Suure-Kopu_vallavalitsus, lk 16
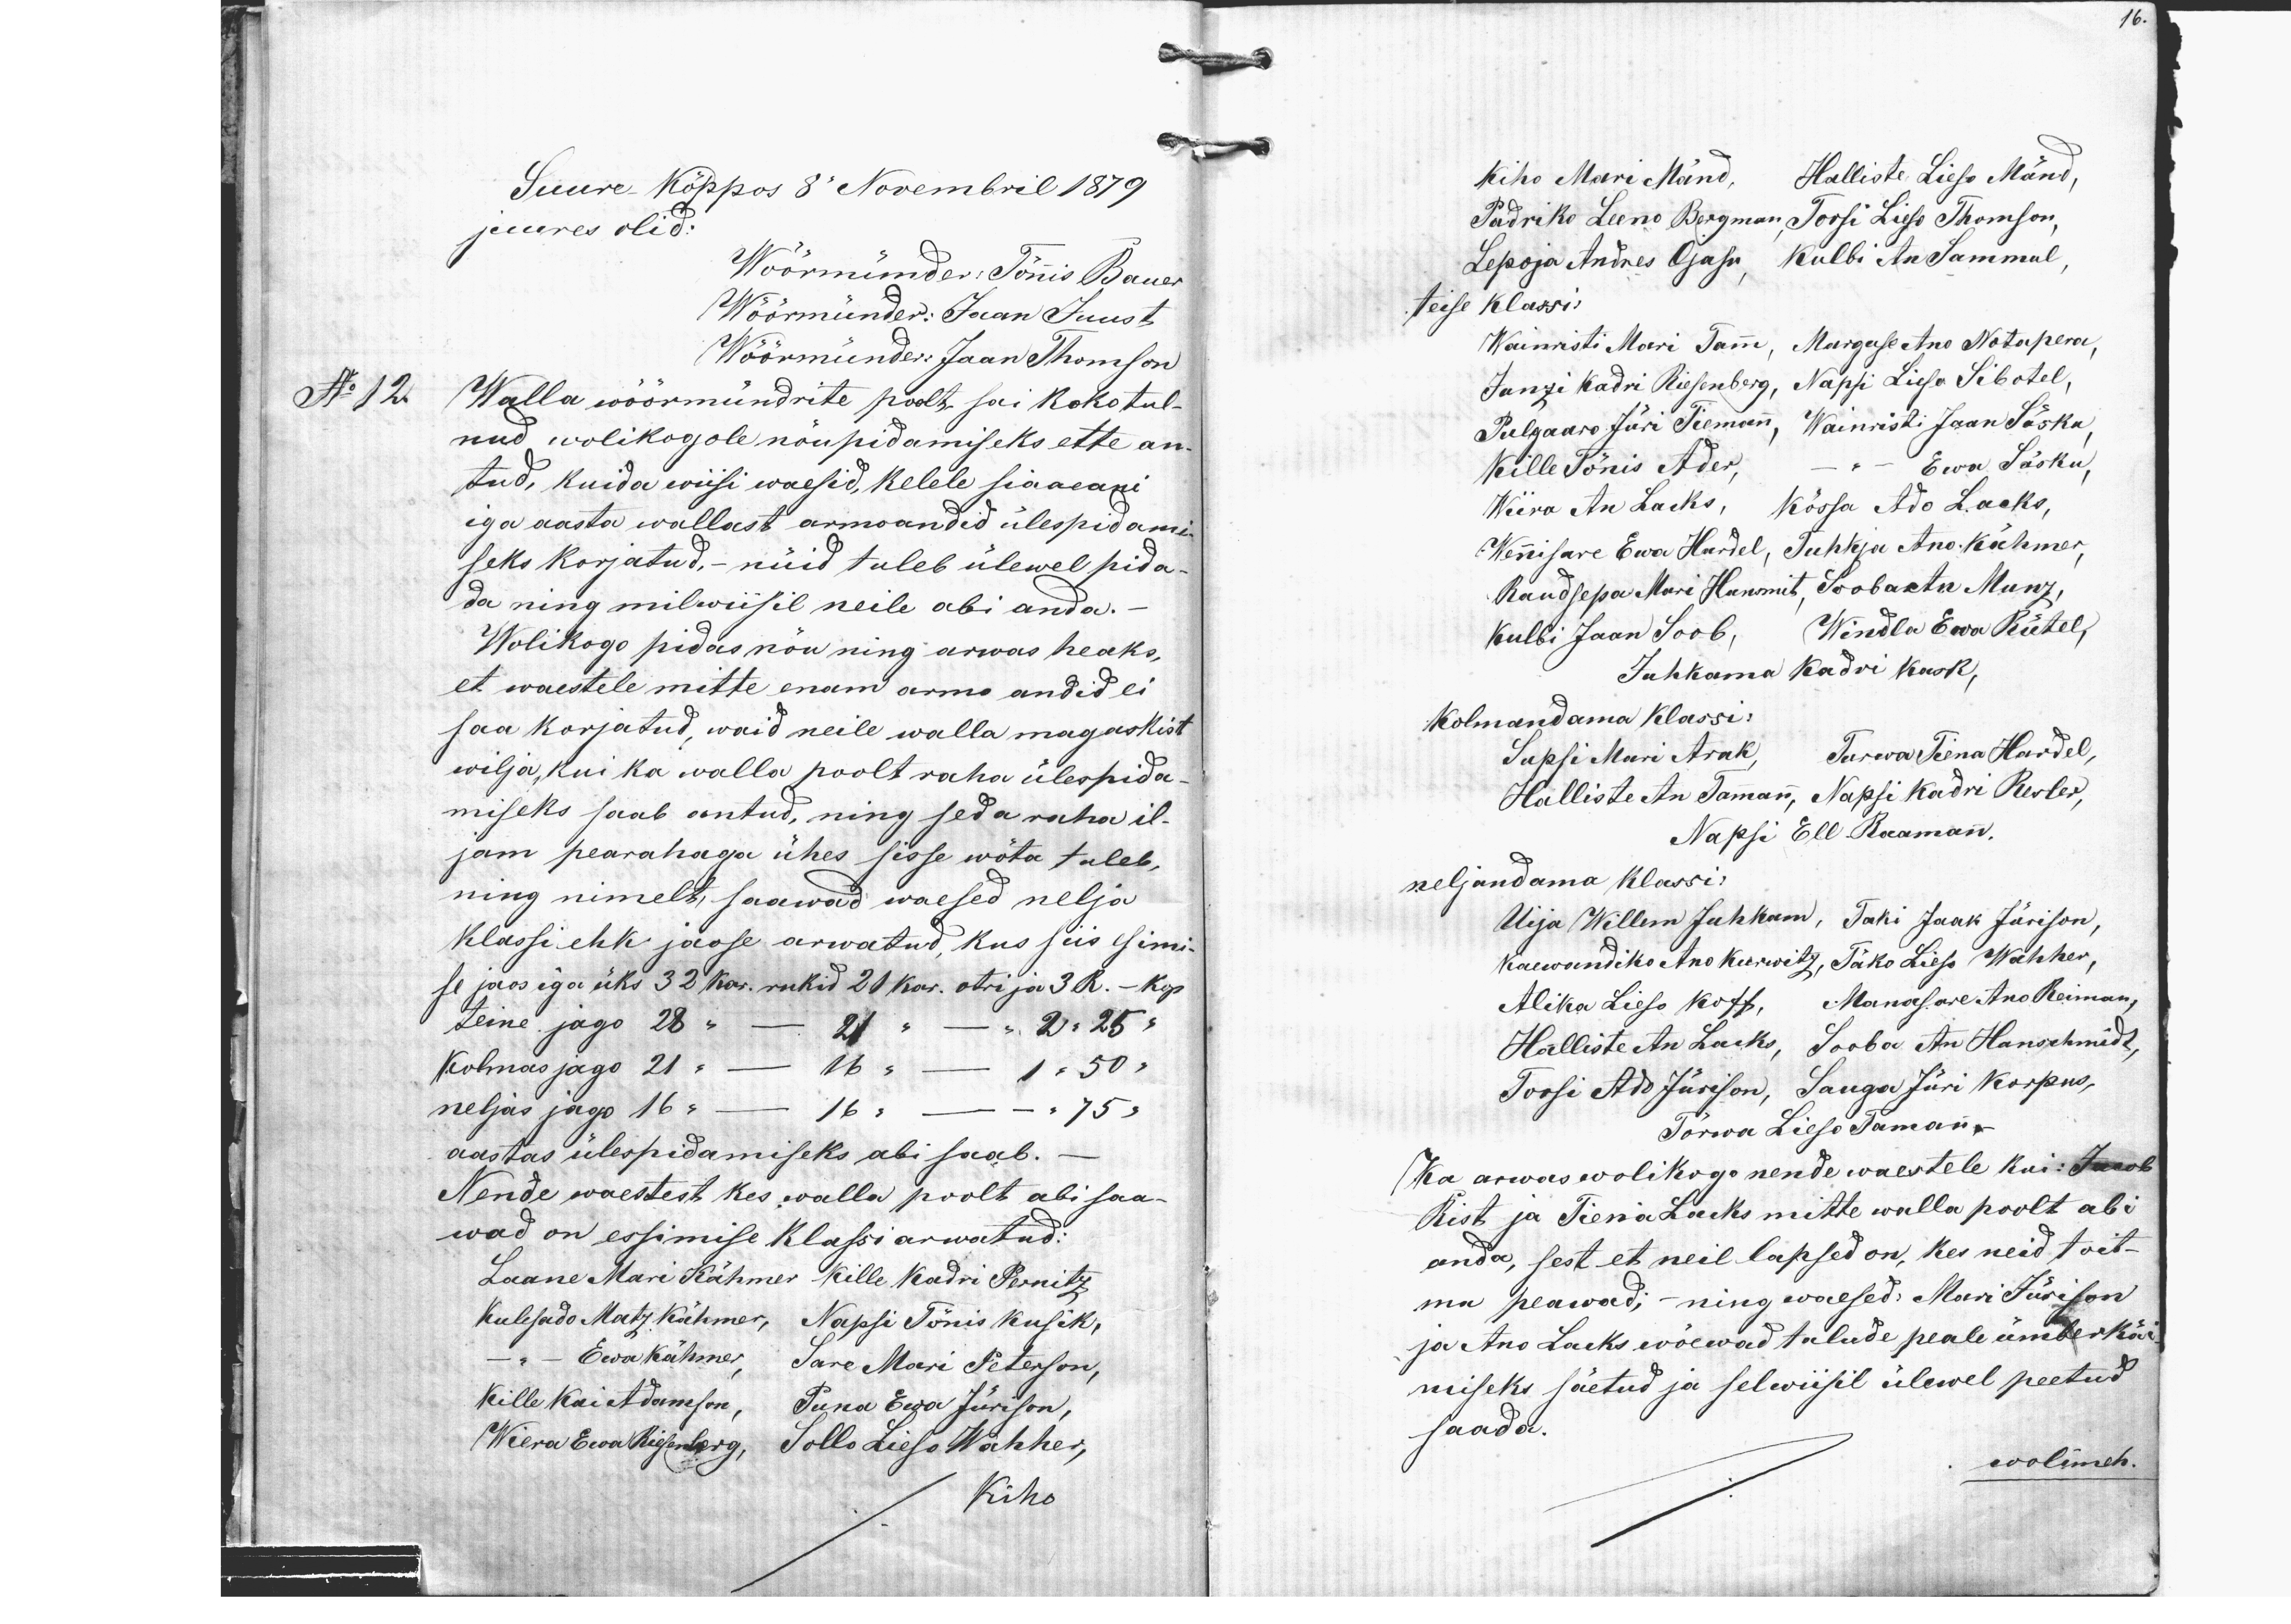
16.

Suure Kõppos 8" Novembril 1879.
juures olid:
Wöörmünder: Tõnnis Bauer
Wöörmünder: Jaan Juust
Wöörmündeks Jaan Thomson
No 12.
Walla wöörmündrite poolt sai kokotul
nud wolikogole nõupidamiseks ette an-
tud, kuida wiisi waesid, kelele siaaeani
iga aasta wallast armoandid ülespidami-
seks korjatud,- nüid tuleb ülewel pida-
da ning milwiisil neile abi anda.-
Wolikogo pidas nõu ning arwas heaks,
et waestele mitte enam armo andid ei
saa korjatud, waid neile walla magaskist
wilja, kui ka walla poolt raha ülespida-
miseks saab antud, ning seda raha il-
jam pearahaga ühes sisse wõta tuleb,
ning nimelt saawad waesed nelja
klassi ehk jaose arwatud, kus siis esimi-
se jaos iga üks 32 kar. rukid 21 kar. otri ja 3 R.- kop.
teine jago 28 " - 21 " - " 2 " 25 "
Kolmas jago 21 - 16 " - 1 " 50 "
neljas jago 16 - 16 " - " 75 "
aastas ülespidamiseks abi saab.
Nende waestest kes walla poolt abi saa-
wad on essimise klassi arwatud.
Laane Mari Kähmer Kille Kadri Pernitz
Kulesado Matz Kähmer, Napsi Tõnis Kusik,
- " - Ewa Kähmer, Sare Mari Peterson,
Kille Kai Adameson, Puna Ewa Jürison,
Wiera Ewa Riesenberg, Sollo Lieso Wahher,
Kiho

Kiho Mari Mänd, Halliste Lieso Mänd,
Padriko Leeno Bergman, Toosi Lieso Thomson,
Lepoja Andres Ojasu, Kulbi An Sammul,
teise klassi:
Wainristi Mari Tamm, Marguse Ano Notapera,
Junzi Kadri Riesenberg, Napsi Liiso Sibotel,
Pulgaaro Jüri Tiemann, Wainristi Jaan Säsku
Kille Tõnis Ader, - " - Ewa Säsku,
Wiira An Lacks, Kõssa Ado Lacks
Wennisare Ewa Hardel, Tuhkja Ano Kähmer,
Raudsepa Mari Hansmit, Sooba An Munz.
Kulbi Jaan Soob, Windla Ewa Rütel,
Juhkama Kadri Kask,
Kolmandama klassi:
Supsi Mari Arak, Tarwa Tiena Hardel,
Halliste An Tammann, Napsi Kadri Resler,
Napsi Ell Raamann.
neljandama klassi:
Uija Willem Juhkam, Taki Jaak Jürison,
Kaewandiko Ano Kurwitz, Täko Lieso Wahher,
Alika Lieso Koff, Manasare Ano Reimann
Halliste An Lacks, Sooba An Hanschmidt,
Toosi Ado Jürison, Sauga Jüri Korpus,
Tõrwa Lieso Tamann
Ka arwas wolikogu nende waestele kui: Jakob
Rist ja Tiena Lacks mitte walla poolt abi
anda, sest et neil lapsed on, kes neid toit-
mu peawad; - ning waesed: Mari Jürison
ja Ano Lacks wõewad talude peale ümberkä-
miseks säetud ja selwiisil ülewel peetud
saada.
wolimeh.